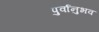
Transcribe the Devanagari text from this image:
पुर्वानुभव